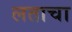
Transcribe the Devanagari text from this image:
लताचा